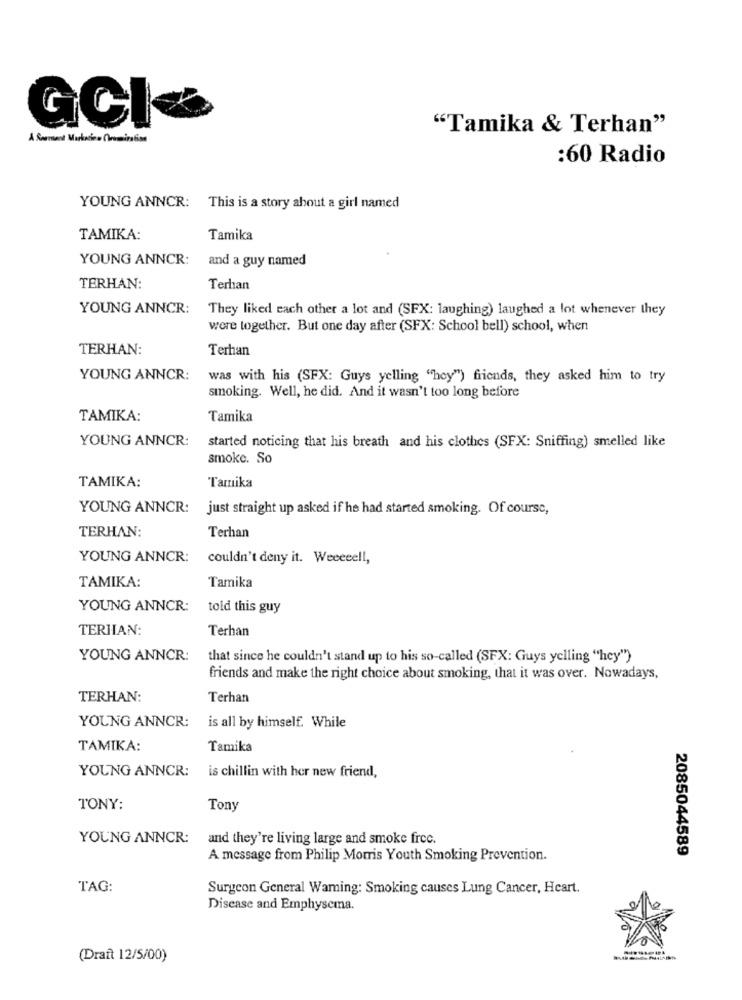
GCI-
"Tamika & Terhan"
:60 Radio
YOUNG ANNCR: This is a story about a girl named
TAMIKA:
Tamika
YOUNG ANNCR:
and a guy named
TERHAN:
Terhan
YOUNG ANNCR:
They liked each other a lot and (SFX: laughing) laughed a lot whenever they
were together. But one day after (SFX: School bell) school, when
TERHAN:
Terhan
YOUNG ANNCR:
was with his (SFX: Guys yelling "hey") friends, they asked him to try
smoking. Well, he did. And it wasn't too long before
TAMIKA:
Tamika
YOUNG ANNCR:
started noticing that his breath and his clothes (SFX: Sniffing) smelled like
smoke. So
TAMIKA:
Tarnika
YOUNG ANNCR:
just straight up asked if he had started smoking. Of course,
TERHAN:
Terhan
YOUNG ANNCR:
couldn't deny it. Weeeeell,
TAMIKA:
Tamika
YOUNG ANNCR:
told this guy
TERIIAN:
Terhan
YOUNG ANNCR:
that since he couldn't stand up to his so-called (SFX: Guys yelling "hey")
friends and make the right choice about smoking, that it was over. Nowadays,
TERHAN:
Terhan
YOUNG ANNCR: is all by himself. While
TAMIKA:
Tamika
YOUNG ANNCR:
is chillin with her new friend,
TONY:
Tony
YOUNG ANNCR:
and they're living large and smoke frec.
2085044589
A message from Philip Morris Youth Smoking Prevention.
TAG:
Surgeon General Waming: Smoking causes Lung Cancer, Heart.
Disease and Emphysema.
(Draft 12/5/00)